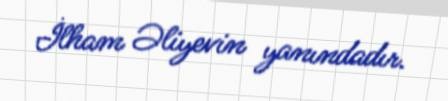
İlham Əliyevin yanındadır.